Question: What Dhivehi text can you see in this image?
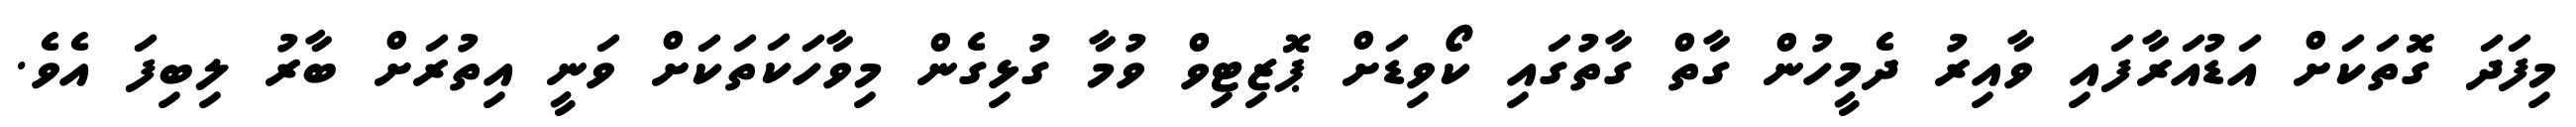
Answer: މިފަދަ ގޮތަކަށް އަޑުއަރާފައި ވާއިރު ދެމީހުން ގާތް ގާތުގައި ކޯވިޑަށް ޕޮޒިޓިވް ވުމާ ގުޅިގެން މިވާހަކަތަކަށް ވަނީ އިތުރަށް ބާރު ލިބިފަ އެވެ.